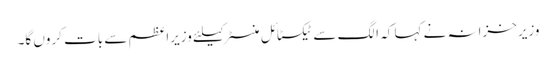
وزیرخزانہ نے کہا کہ الگ سے ٹیکسٹائل منسٹر کیلئے وزیراعظم سے بات کروں گا۔